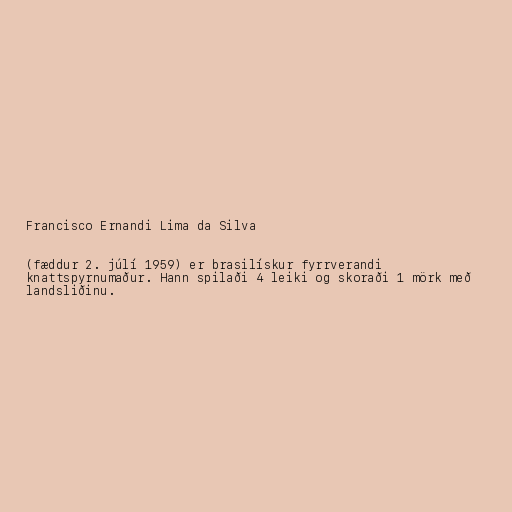
Francisco Ernandi Lima da Silva

(fæddur 2. júlí 1959) er brasilískur fyrrverandi
knattspyrnumaður. Hann spilaði 4 leiki og skoraði 1 mörk með
landsliðinu.